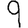
Digit: 9